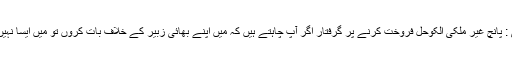
کویت سٹی : پانچ غیر ملکی الکوحل فروخت کرنے پر گرفتار اگر آپ چاہتے ہیں کہ میں اپنے بھائی زبیر کے خلاف بات کروں تو میں ایسا نہیں کروں گا۔